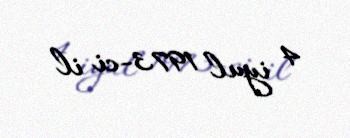
4 iyul 1973-ci il